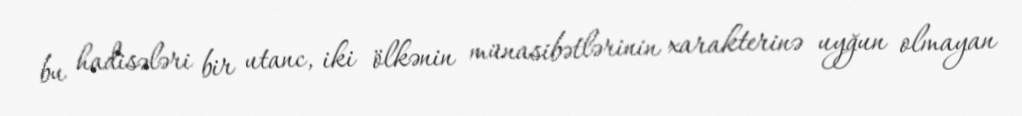
bu hadisələri bir utanc, iki ölkənin münasibətlərinin xarakterinə uyğun olmayan